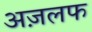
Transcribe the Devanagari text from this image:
अज़लफ